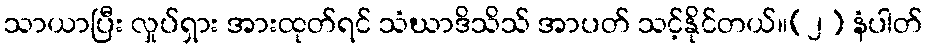
သာယာပြီး လှုပ်ရှား အားထုတ်ရင် သံဃာဒိသိသ် အာပတ် သင့်နိုင်တယ်။(၂) နံပါတ်